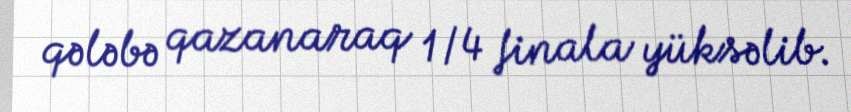
qələbə qazanaraq 1/4 finala yüksəlib.